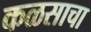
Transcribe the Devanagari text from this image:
कळसाचा